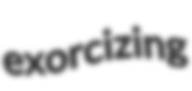
exorcizing